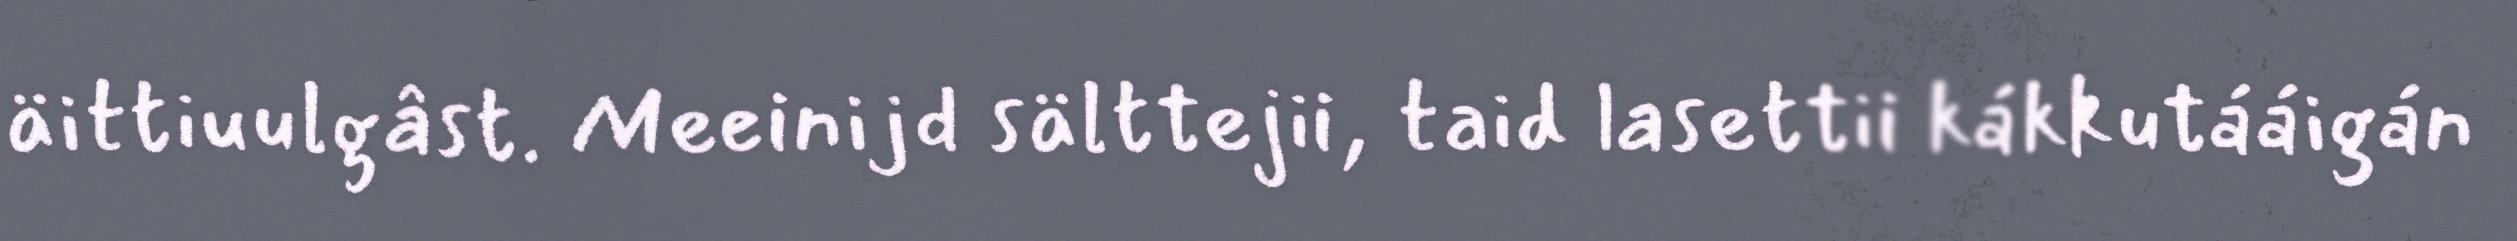
äittiuulgâst. Meeinijd sälttejii, taid lasettii kákkutááigán